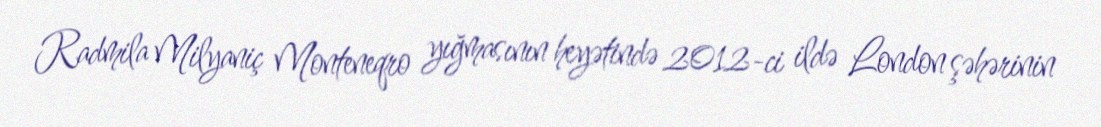
Radmila Milyaniç Monteneqro yığmasının heyətində 2012-ci ildə London şəhərinin